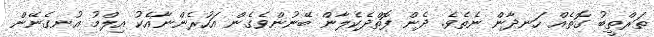
ތަރްތީބު ގޮތެއް ހަނދާން ނެތެވެ. ދެން ފޮތްދެކެލާން ބޭނުންވެގެން އަހުރެންނާއެކު އިލްމު އުނގެނޭން